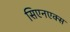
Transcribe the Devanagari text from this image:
सिएनएक्स